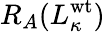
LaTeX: R_{A}(L_{\kappa}^{\mathrm{wt}})